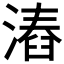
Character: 𣻛